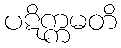
ပဋိက္ကမတိ